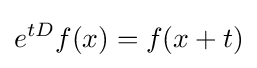
e^{tD}f(x)=f(x+t)